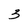
Character: 3